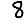
Digit: 8